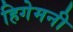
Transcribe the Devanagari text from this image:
हिगेमनी